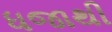
ધજાથી